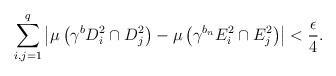
LaTeX: \begin{align*} \sum_{i,j=1}^q \left \vert \mu \left( \gamma^b D^2_i \cap D^2_j \right) - \mu \left( \gamma^{b_n} E^2_i \cap E^2_j \right ) \right \vert < \frac{\epsilon}{4}. \end{align*}